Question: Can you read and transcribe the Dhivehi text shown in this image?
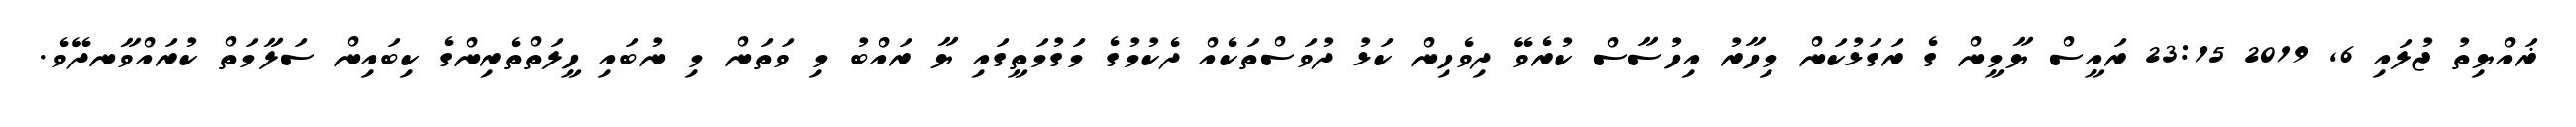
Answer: ޜައްޔިތު ޖުލައި 6, 2019 23:15 ރައީސް ޔާމީން ގެ ރަގަޅުކަން މިހާރު އިހުސާސް ކުރެވޭ ދިވެހިން ކަޅު ދުވަސްތަކެއް ދެކުމުގެ މަގުމަތީގައި ޔާ ރައްބު މި ވަތަން މި ނުބައި ހީލަތްތެރިންގެ ކިބައިން ސަލާމަތް ކުރައްވާނދޭވެ.